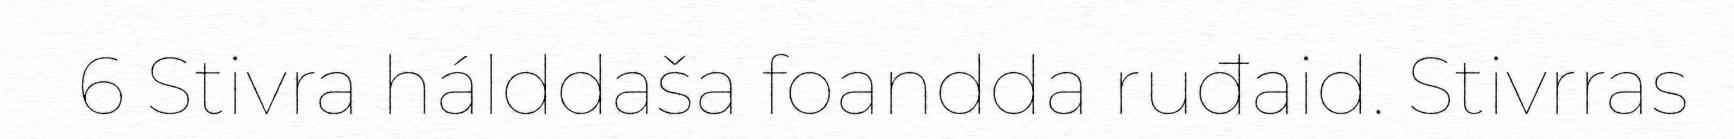
6 Stivra hálddaša foandda ruđaid. Stivrras